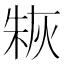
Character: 𤊣